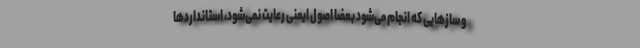
و سازهایی که انجام می‌شود بعضاً اصول ایمنی رعایت نمی‌شود، استانداردها